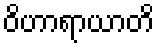
ဝိဟာရာယာတိ